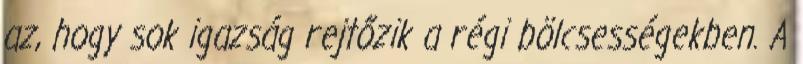
az, hogy sok igazság rejtőzik a régi bölcsességekben. A